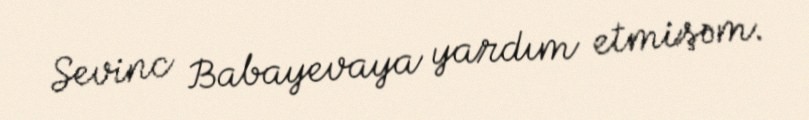
Sevinc Babayevaya yardım etmişəm.